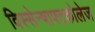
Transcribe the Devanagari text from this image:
विस्सेन्षाफ्टकोलेज